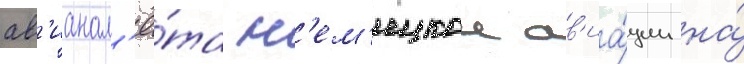
ав'ианал'ё́та н'ем'ецкои ав'иа́ции на́